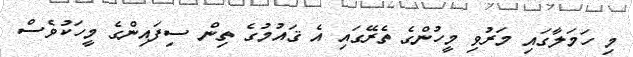
މި ހަމަލާގައި މަރުވި މީހުންގެ ތެރޭގައި އެ ޤައުމުގެ ތިން ސިފައިންގެ މީހަކުވެސް